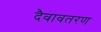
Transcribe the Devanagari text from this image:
दैवावतरण